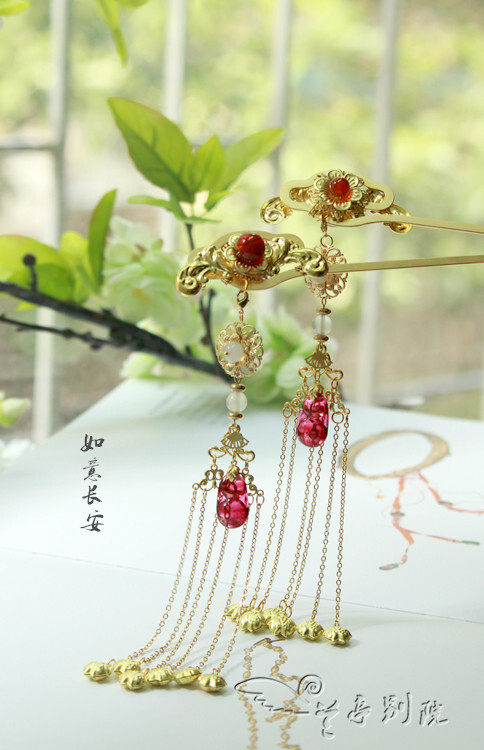
怅恨不逢如意酒。寻思难值有情人。